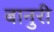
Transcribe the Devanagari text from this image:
बानुरी